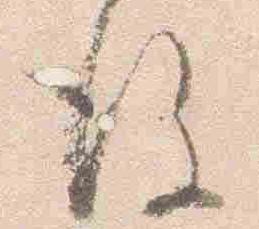
後